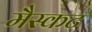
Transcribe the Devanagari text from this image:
मैस्कट